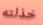
خذلته